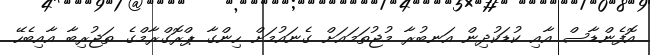
އޮފެންޑާސް އާއި ކުޑަކުދިން އަނބުރާ މުޖުތަމައަށް ގެނައުމަށް ހިންގާ ޕްރޮގްރާމްގެ ތަޖުރިބާ އާއިބެހޭ